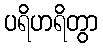
ပရိဟရိတွာ